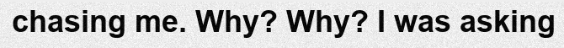
chasing me. Why? Why? I was asking